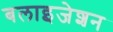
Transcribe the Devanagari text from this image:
बलाइजेशन